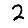
Digit: 2